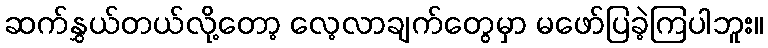
ဆက်နွှယ်တယ်လို့တော့ လေ့လာချက်တွေမှာ မဖော်ပြခဲ့ကြပါဘူး။